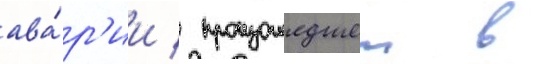
ава́р'ии / произошедшеи в